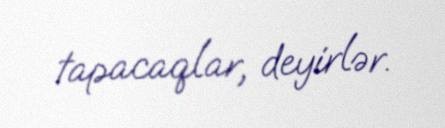
tapacaqlar, deyirlər.